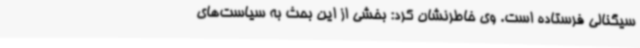
سیگنالی فرستاده است. وی خاطرنشان کرد: بخشی از این بحث به سیاست‌های